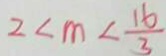
2 < m < \frac { 1 6 } { 3 }